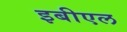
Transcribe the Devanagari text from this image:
इबीएल